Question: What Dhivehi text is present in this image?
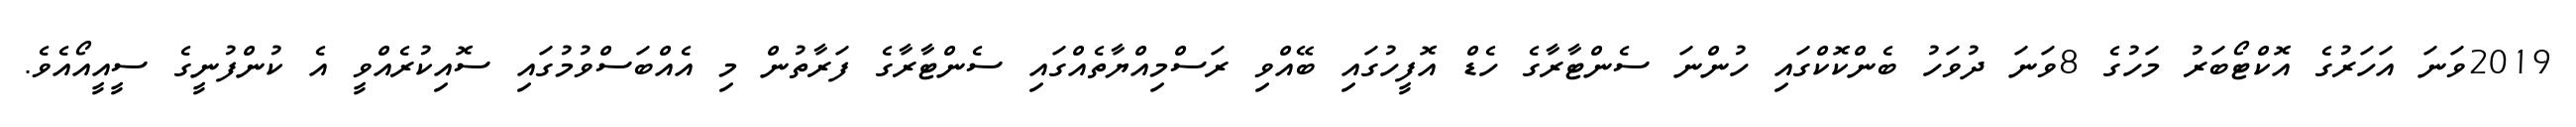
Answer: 2019ވަނަ އަހަރުގެ އޮކްޓޯބަރު މަހުގެ 8ވަނަ ދުވަހު ބެންކޮކްގައި ހުންނަ ސެންޓާރާގެ ހެޑް އޮފީހުގައި ބޭއްވި ރަސްމިއްޔާތެއްގައި ސެންޓާރާގެ ފަރާތުން މި އެއްބަސްވުމުގައި ސޮއިކުރެއްވީ އެ ކުންފުނީގެ ސީއީއޯއެވެ.